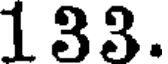
133.